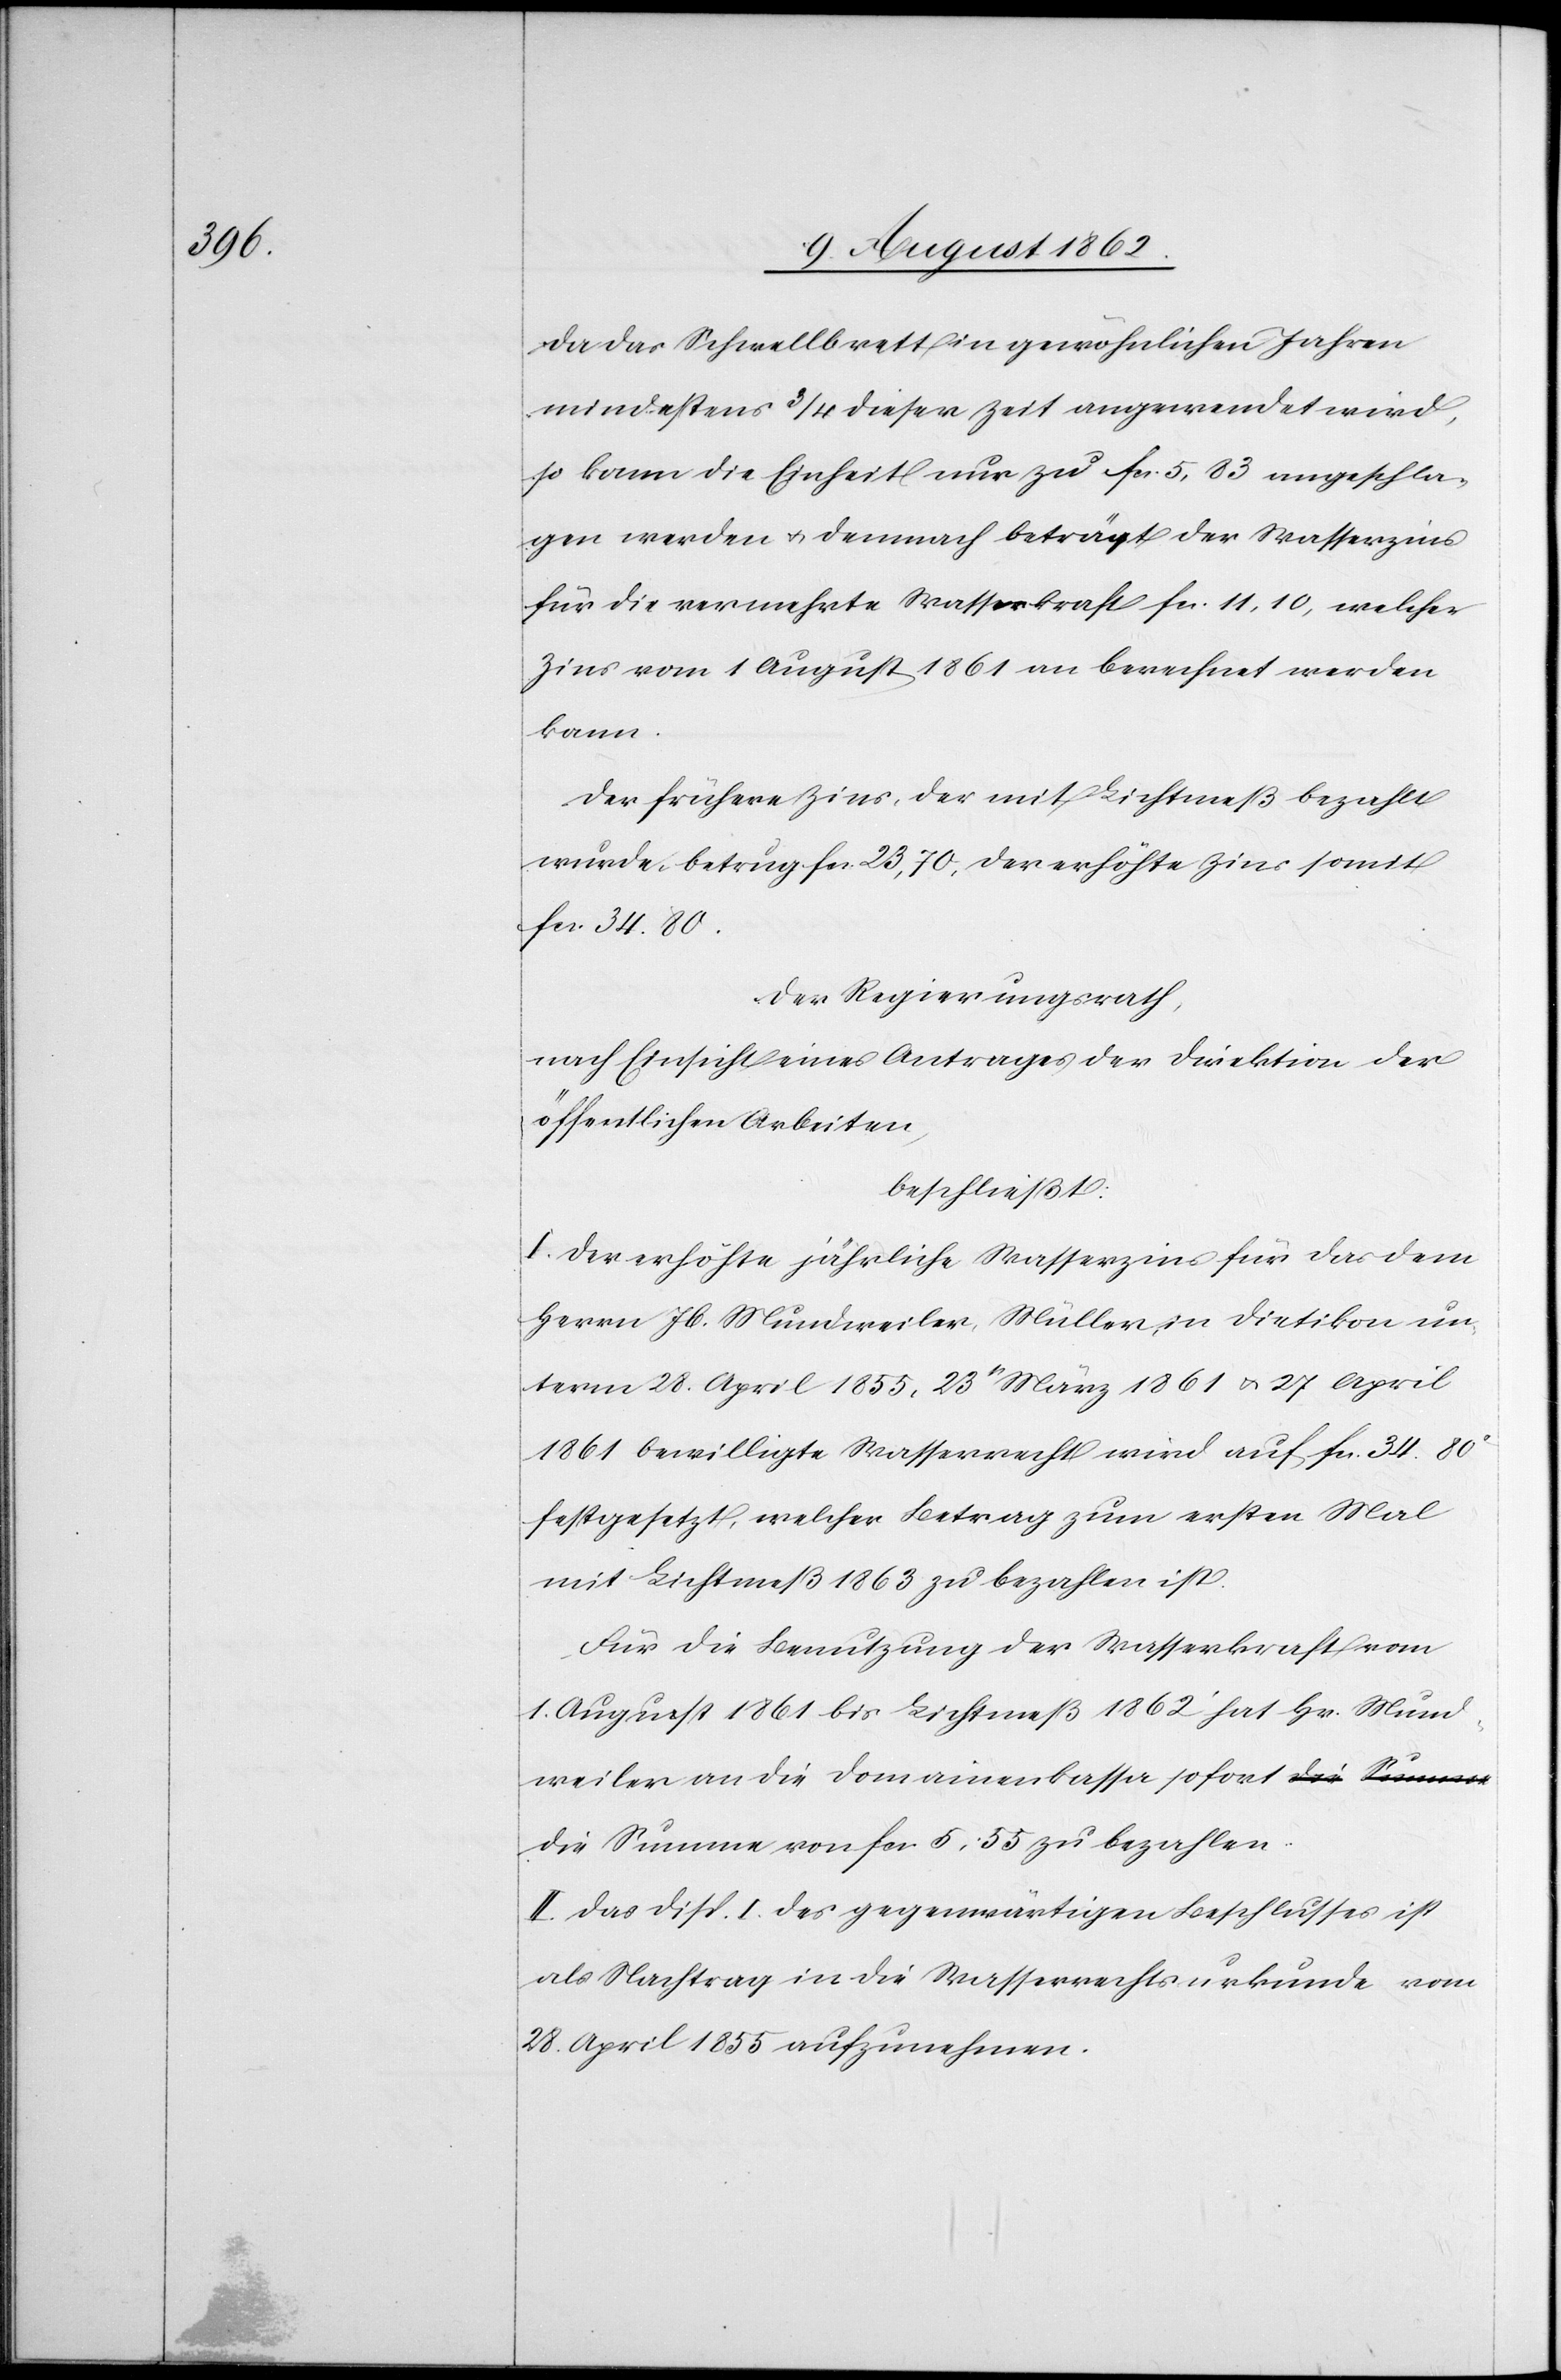
Da das Schwellbrett in gewöhnlichen Jahren
mindestens 3/4 dieser Zeit angewendet wird,
so kann die Einheit nur zu fcs. 5,83 angeschla¬
gen werden u. demnach beträgt der Wasserzins
für die vermehrte Wasserkraft fcs. 11,10, welcher
Zins vom 1. August 1861 an berechnet werden
kann.
Der frühere Zins, der mit Lichtmeß bezahlt
wurde, betrug fcs. 23,70, der erhöhte Zins somit
fcs. 34,80.
Der Regierungsrath,
nach Einsicht eines Antrages der Direktion der
öffentlichen Arbeiten,
beschließt:
I. Der erhöhte jährliche Wasserzins für das dem
Herrn Jb. Mundweiler, Müller, in Dietikon un¬
term 28. April 1855, 23t März 1861 u. 27. April
1861 bewilligte Wasserrecht wird auf fcs. 34 80c
festgesetzte, welcher Betrag zum ersten Mal
mit Lichtmeß 1863 zu bezahlen ist.
Für die Benutzung der Wasserkraft vom
1. August 1861 bis Lichtmeß 1862 hat Hr. Mund¬
weiler an die Domainenkassa sofort d¬
ie Summe von fcs. 5,55 zu bezahlen.
II. Das Disp. I des gegenwärtigen Beschlusses ist
als Nachtrag in die Wasserrechtsurkunde vom
28. April 1855 aufzunehmen.